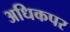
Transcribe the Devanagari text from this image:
अधिकपर